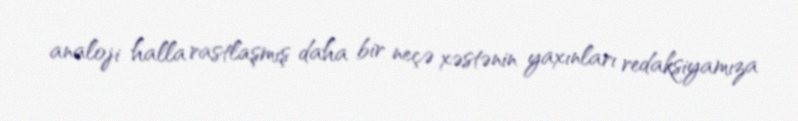
analoji halla rastlaşmış daha bir neçə xəstənin yaxınları redaksiyamıza